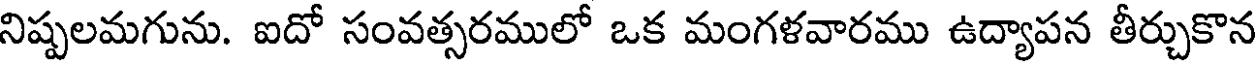
నిష్పలమగును. ఐదో సంవత్సరములో ఒక మంగళవారము ఉద్యాపన తీర్చుకొన